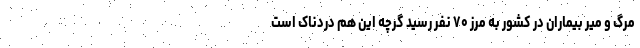
مرگ و میر بیماران در کشور به مرز ۷۰ نفر رسید گرچه این هم دردناک است